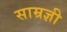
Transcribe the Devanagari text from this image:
साम्रज्ञी